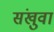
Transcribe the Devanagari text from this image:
संखुवा